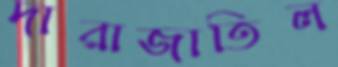
দারাজাতিল